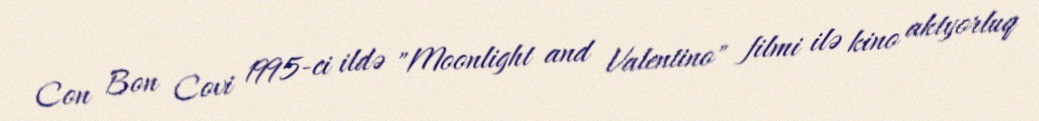
Con Bon Covi 1995-ci ildə "Moonlight and Valentino" filmi ilə kino aktyorluq